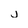
Character: j